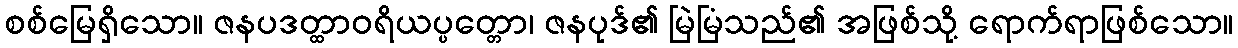
စစ်မြေရှိသော။ ဇနပဒတ္ထာဝရိယပ္ပတ္တော၊ ဇနပုဒ်၏ မြဲမြံသည်၏ အဖြစ်သို့ ရောက်ရာဖြစ်သော။